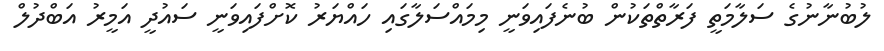
ލުބުނާނުގެ ސަލާމަތީ ފަރާތްތަކުން ބުނެފައިވަނީ މިމައްސަލާގައި ހައްޔަރު ކޮށްފައިވަނީ ސައުދީ އަމީރު އަބްދުލް